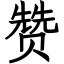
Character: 赞